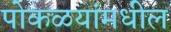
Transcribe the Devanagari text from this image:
पोकळयांमधील